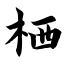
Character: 栖